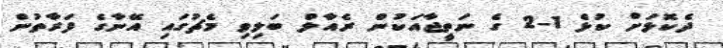
ދެކޮޅަށް ކުޅެ 1-2 ގެ ނަތީޖާއަކުން ރެއާލް ބަލިވި މެޗުގައި އޭނާގެ ފަރާތުން